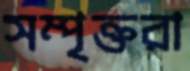
সম্পৃক্তরা